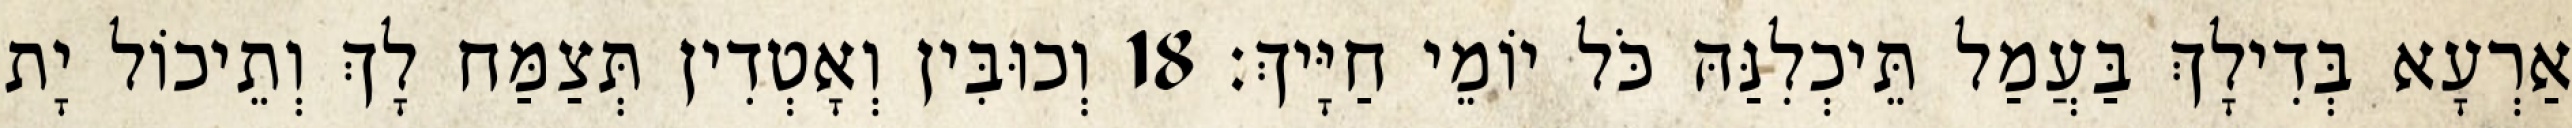
אַרְעָא בְּדִילָךְ בַּעֲמַל תֵּיכְלִנַּהּ כֹּל יוֹמֵי חַיָּיךְ׃ 18 וְכוּבִּין וְאָטְדִין תְּצַמַּח לָךְ וְתֵיכוֹל יָת